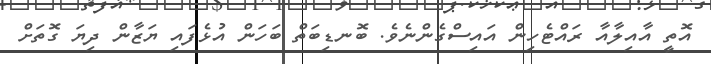
އޮތީ އާއިލާއާ ރައްޓެހިން އައިސްގެންނެވެ. ބޮނޑިބަތް ބަހަން އުޅެފައި ޔަޒާން ދިޔަ ގޮތަށް